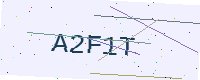
Text: A2F1T